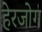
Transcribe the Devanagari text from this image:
हेरजोग